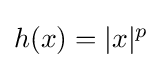
{\textstyle h(x)=|x|^{p}}